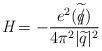
LaTeX: \begin{align*}\textit{H}=-\frac{e^{2}(\widetilde{q\hspace{-0.2cm}/})}{4\pi^{2}|\widetilde{q}|^{2}}\end{align*}